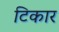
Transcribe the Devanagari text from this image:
टिकार